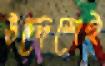
উদ্দেশেই